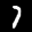
Label: 7